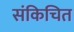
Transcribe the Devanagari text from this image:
संकिचित